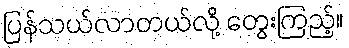
ပြန်သယ်လာတယ်လို့ တွေးကြည့်။